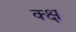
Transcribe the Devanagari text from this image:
क्क्ष